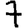
Digit: 7